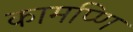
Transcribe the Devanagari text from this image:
कामप्णि